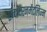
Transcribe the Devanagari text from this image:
एन्वायरनमेंटलिज्म